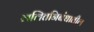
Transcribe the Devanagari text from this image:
ललितनिबंधातील